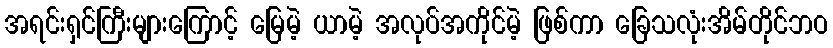
အရင်းရှင်ကြီးများကြောင့် မြေမဲ့ ယာမဲ့ အလုပ်အကိုင်မဲ့ ဖြစ်ကာ ခြေသလုံးအိမ်တိုင်ဘဝ